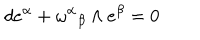
d e ^ { \alpha } + { \omega ^ { \alpha } } _ { \beta } \wedge e ^ { \beta } = 0